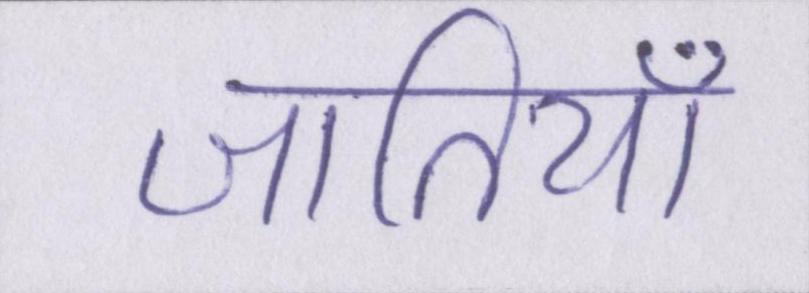
जातियाँ